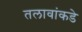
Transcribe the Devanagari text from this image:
तलावांकडे